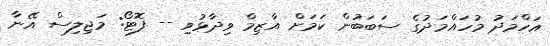
އަހްމަދު މުހައްމަދުގެ ސަބަބުން ކަމަށް އާޒިމް ވިދާޅުވި -- ފޮޓޯ: މަޖިލިސް އޭނާ